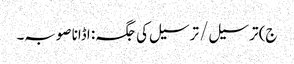
ج) ترسیل / ترسیل کی جگہ: اڈانا صوبہ۔